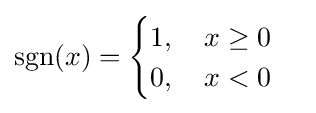
\mathrm {sgn} (x)={\begin{cases}1,\quad x\geq 0\\0,\quad x<0\end{cases}}